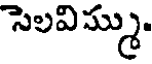
సెలవిమ్ము.